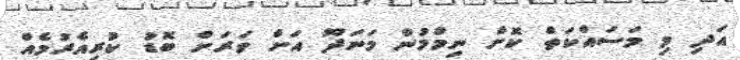
އަދި މި މަސައްކަތް ކޮށް ނިމުމުން މަނަދޫ އަށް ވަރަށް ބޮޑު ކުރިއެރުމެއް